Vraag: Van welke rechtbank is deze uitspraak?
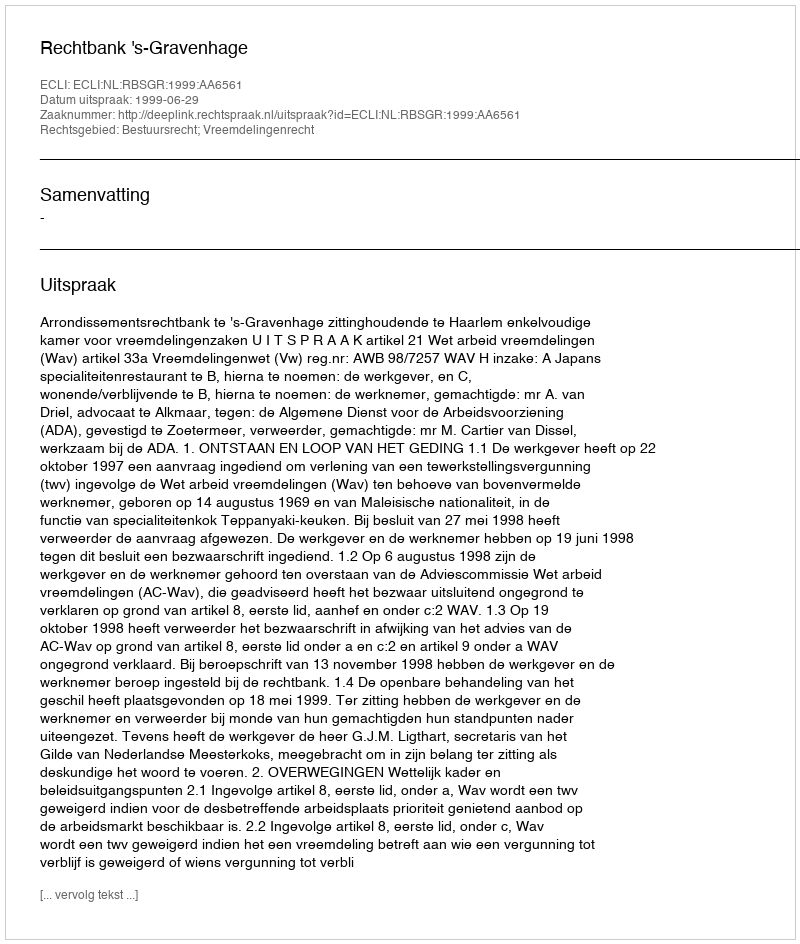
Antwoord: Rechtbank 's-Gravenhage